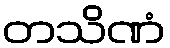
တသိဏံ